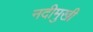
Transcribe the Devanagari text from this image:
नदीमुखी